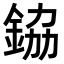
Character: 𮡷